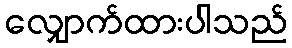
လျှောက်ထားပါသည်